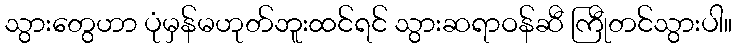
သွားတွေဟာ ပုံမှန်မဟုတ်ဘူးထင်ရင် သွားဆရာဝန်ဆီ ကြီုတင်သွားပါ။